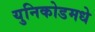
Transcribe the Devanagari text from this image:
युनिकोडमधे